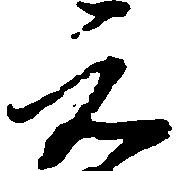
元